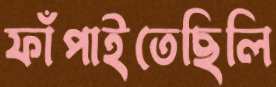
ফাঁপাইতেছিলি